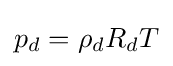
p_{d}=\rho _{d}R_{d}T